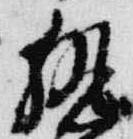
執